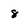
Character: 8